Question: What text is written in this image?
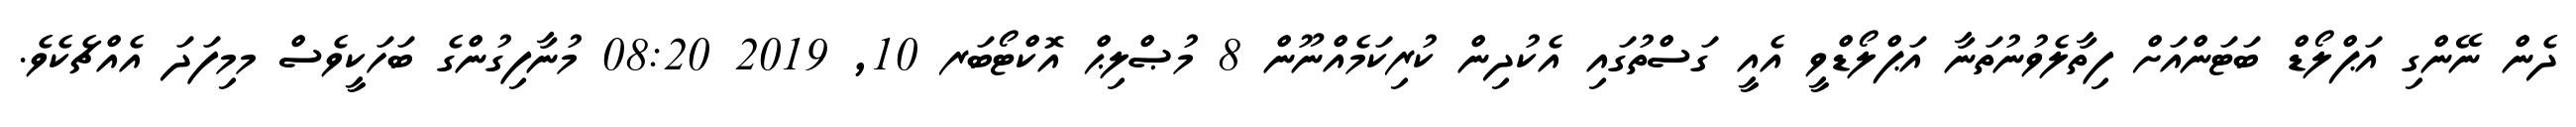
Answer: ދެން ނޭންގި އަޕްލޯޑް ބަޓަންއަށް ފިތާލެވުނުތަނާ އަޕްލޯޑްވީ އެއީ ގަސްތުގައި އެކުދިން ކުރިކަމެއްނޫން 8 މުޞްލިޙް އޮކްޓޯބަރ 10, 2019 08:20 މުނާފިގުންގެ ބަހަކީވެސް މމިފަދަ އެއްޗެކެވެ.